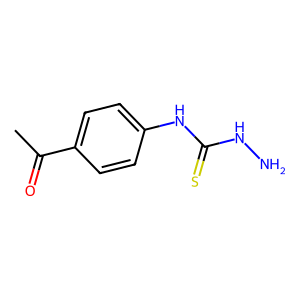
SMILES: CC(=O)c1ccc(NC(=S)NN)cc1
Inhibits HIV replication: No